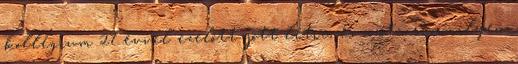
kollégium 27 évvel ezelőtt jött létre, és azóta semmilyen